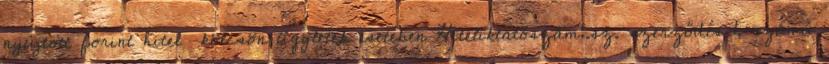
nyújtott forint hitel kölcsön ügyletek esetében Hiteliktatószám:.sz. szerződés 1. számú